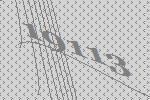
19113